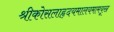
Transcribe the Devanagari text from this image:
श्रीकोसलाहृदयमालयमामयूख